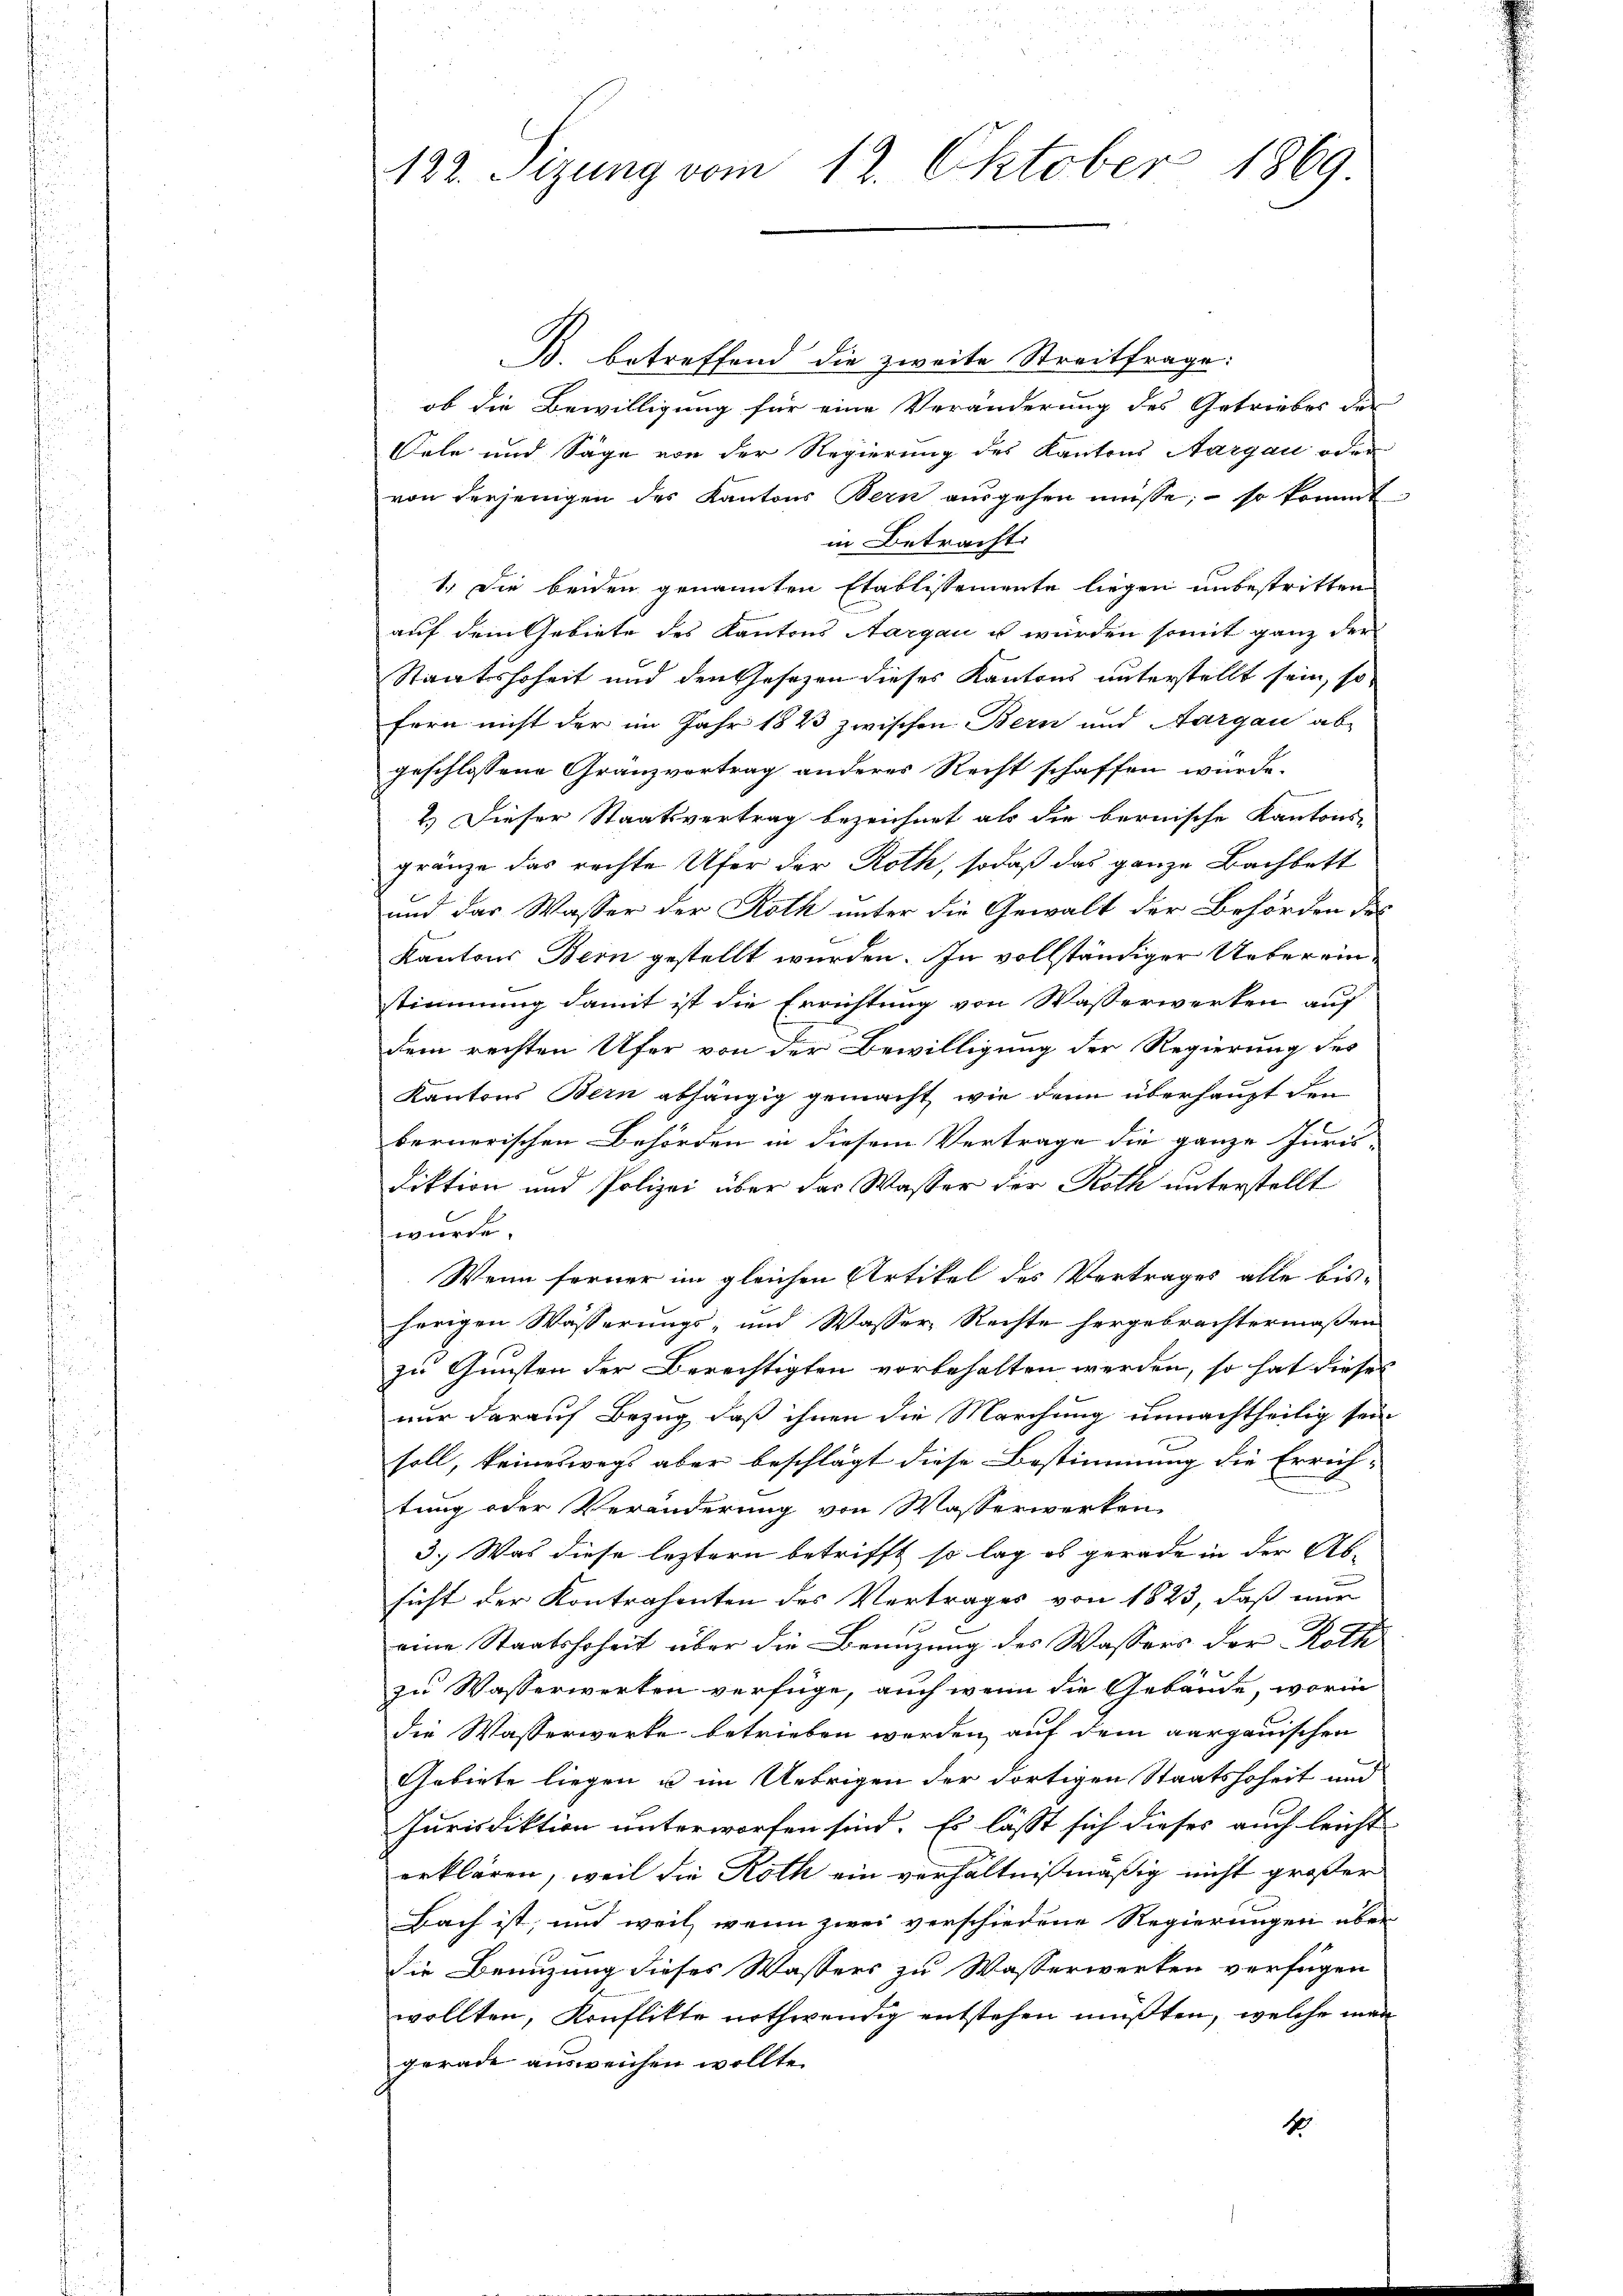
122. Sizung vom 12. Oktober 1869

B. betreffend die zweite Streitfrage:
ob die Bewilligung für eine Veränderung des Getriebes der
Oele und Säge von der Regierung des Kantons Aargau oder
von derjenigen des Kantons Bern ausgehen müsse; – so kommt
in Betracht.
1.) Die beiden genannten Etablissemente liegen unbestritten
auf dem Gebiete des Kantons Aargau u würden somit ganz der
Staatshoheit und den Gesezen dieses Kantons unterstellt sein, so
fern nicht der im Jahr 1823 zwischen Bern und Aargau ab-
geschlossene Granzvortrag anderer Recht schaffen würde.
2.) Dieser Staatsvertrag bezeichnet als die bernische Kantons-
gränze das rechte Ufer der Roth, sodaß das ganze Bachbett
und das Wasser der Roth unter die Gewalt der Behörden des
Kantons Bern gestellt wurden. In vollständiger Ueberein
stimmung damit ist die Errichtung von Wasserwerken auf
dem rechten Ufer von der Bewilligung der Regierung des
Kantons Bern abhängig gemacht, wie dann überhaupt den
bernerischen Behörden in diesem Vertrage die ganze Juris-
diktion und Polizei über das Wasser der Roth unterstellt
wurde.
Wenn ferner im gleichen Artikel des Vertrages alle bis-
herigen Wässerungs- und Wasser, Rechte hergebrachtermaßen
zu Gunsten der Berechtigten vorbehalten werden, so hat dieses
nur darauf Bezug daß ihnen die Marchung unnachtheilig sein
soll, keineswegs aber beschlägt diese Bestimmung die Errich-
tung oder Veränderung von Wasserwerken
3.) Was diese leztern betrifft so lag es gerade in der Ab-
sicht der Kontrahenten des Vertrages von 1823, daß mir
eine Staatshoheit über die Benuzung des Wassers der Roth
4 x
zu Wasserwerken verfüge, auch wenn die Gebäude, worin
die Wasserwerke betrieben werden, auf dem aargauischen
Gebiete liegen u im Uebrigen der dortigen Staatshoheit und
Jurisdiktion unterworfen sind. Es lässt sich dieses auch leicht
erklären, weil die Roth ein verhältnißmäßig nicht großer
Bach ist, und weil, wenn zwei verschiedene Regierungen über
die Benuzung dieses Wassers zu Wasserwerken verfügen
wollten, Konflikte nothwendig entstehen müßten, welche mar
gerade ausweichen wollte.
Ho